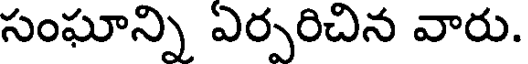
సంఘాన్ని ఏర్పరిచిన వారు.